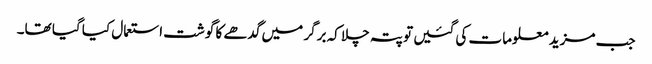
جب مزید معلومات کی گئیں تو پتہ چلا کہ برگر میں گدھے کا گوشت استعمال کیا گیا تھا۔